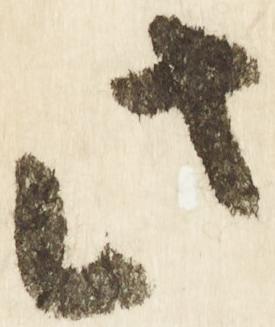
此